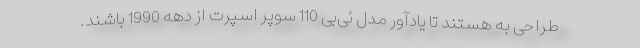
طراحی به هستند تا یادآور مدل ئی‌بی 110 سوپر اسپرت از دهه 1990 باشند.